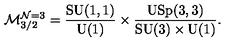
\mathcal { M } _ { 3 / 2 } ^ { \mathcal { N } = 3 } = \frac { \mathrm { S U } ( 1 , 1 ) } { \mathrm { U } ( 1 ) } \times \frac { \mathrm { U S p } ( 3 , 3 ) } { \mathrm { S U } ( 3 ) \times \mathrm { U } ( 1 ) } .